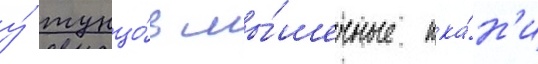
у́ тунцо́в мы́шечные тка́н'и